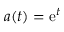
a ( t ) = \mathrm { e } ^ { t }